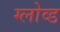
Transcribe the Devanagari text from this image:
ग्लोव्ड